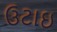
ઉટાઇ